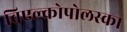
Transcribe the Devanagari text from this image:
विएल्कोपोलस्का